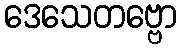
ဒေသေတဗ္ဗော